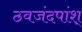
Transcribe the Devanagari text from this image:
ठवजंदपांश्